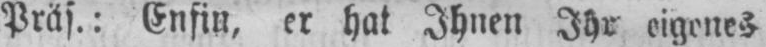
Präs.: Enfin, er hat Ihnen Ihr eigenes